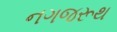
નગજરૂથ